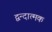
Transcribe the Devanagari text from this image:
द्वन्दात्मक